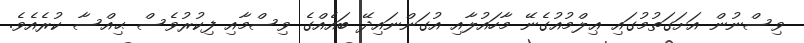
ވިސްނުން އަށަގަތުމުގައި ޢިލްމުއުގެނޭ މާހައުލާއި އުގަންނައިދޭ ބައެއްގެ ވިސްމާއި ފިކުރުވެސް ޙިއްސާ ކުރެއެވެ.